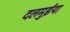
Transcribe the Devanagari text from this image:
दलमुईया